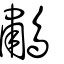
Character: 鷫